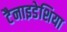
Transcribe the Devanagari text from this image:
टैनाइडेशिया